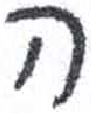
אות: ה